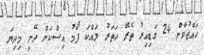
ހައްޖުވާން 24 ގަޑިއިރު ތެރޭ ހަތަރު ލައްކަ ފޯމު އިސްކަން ދޭނީ މިދިޔަ